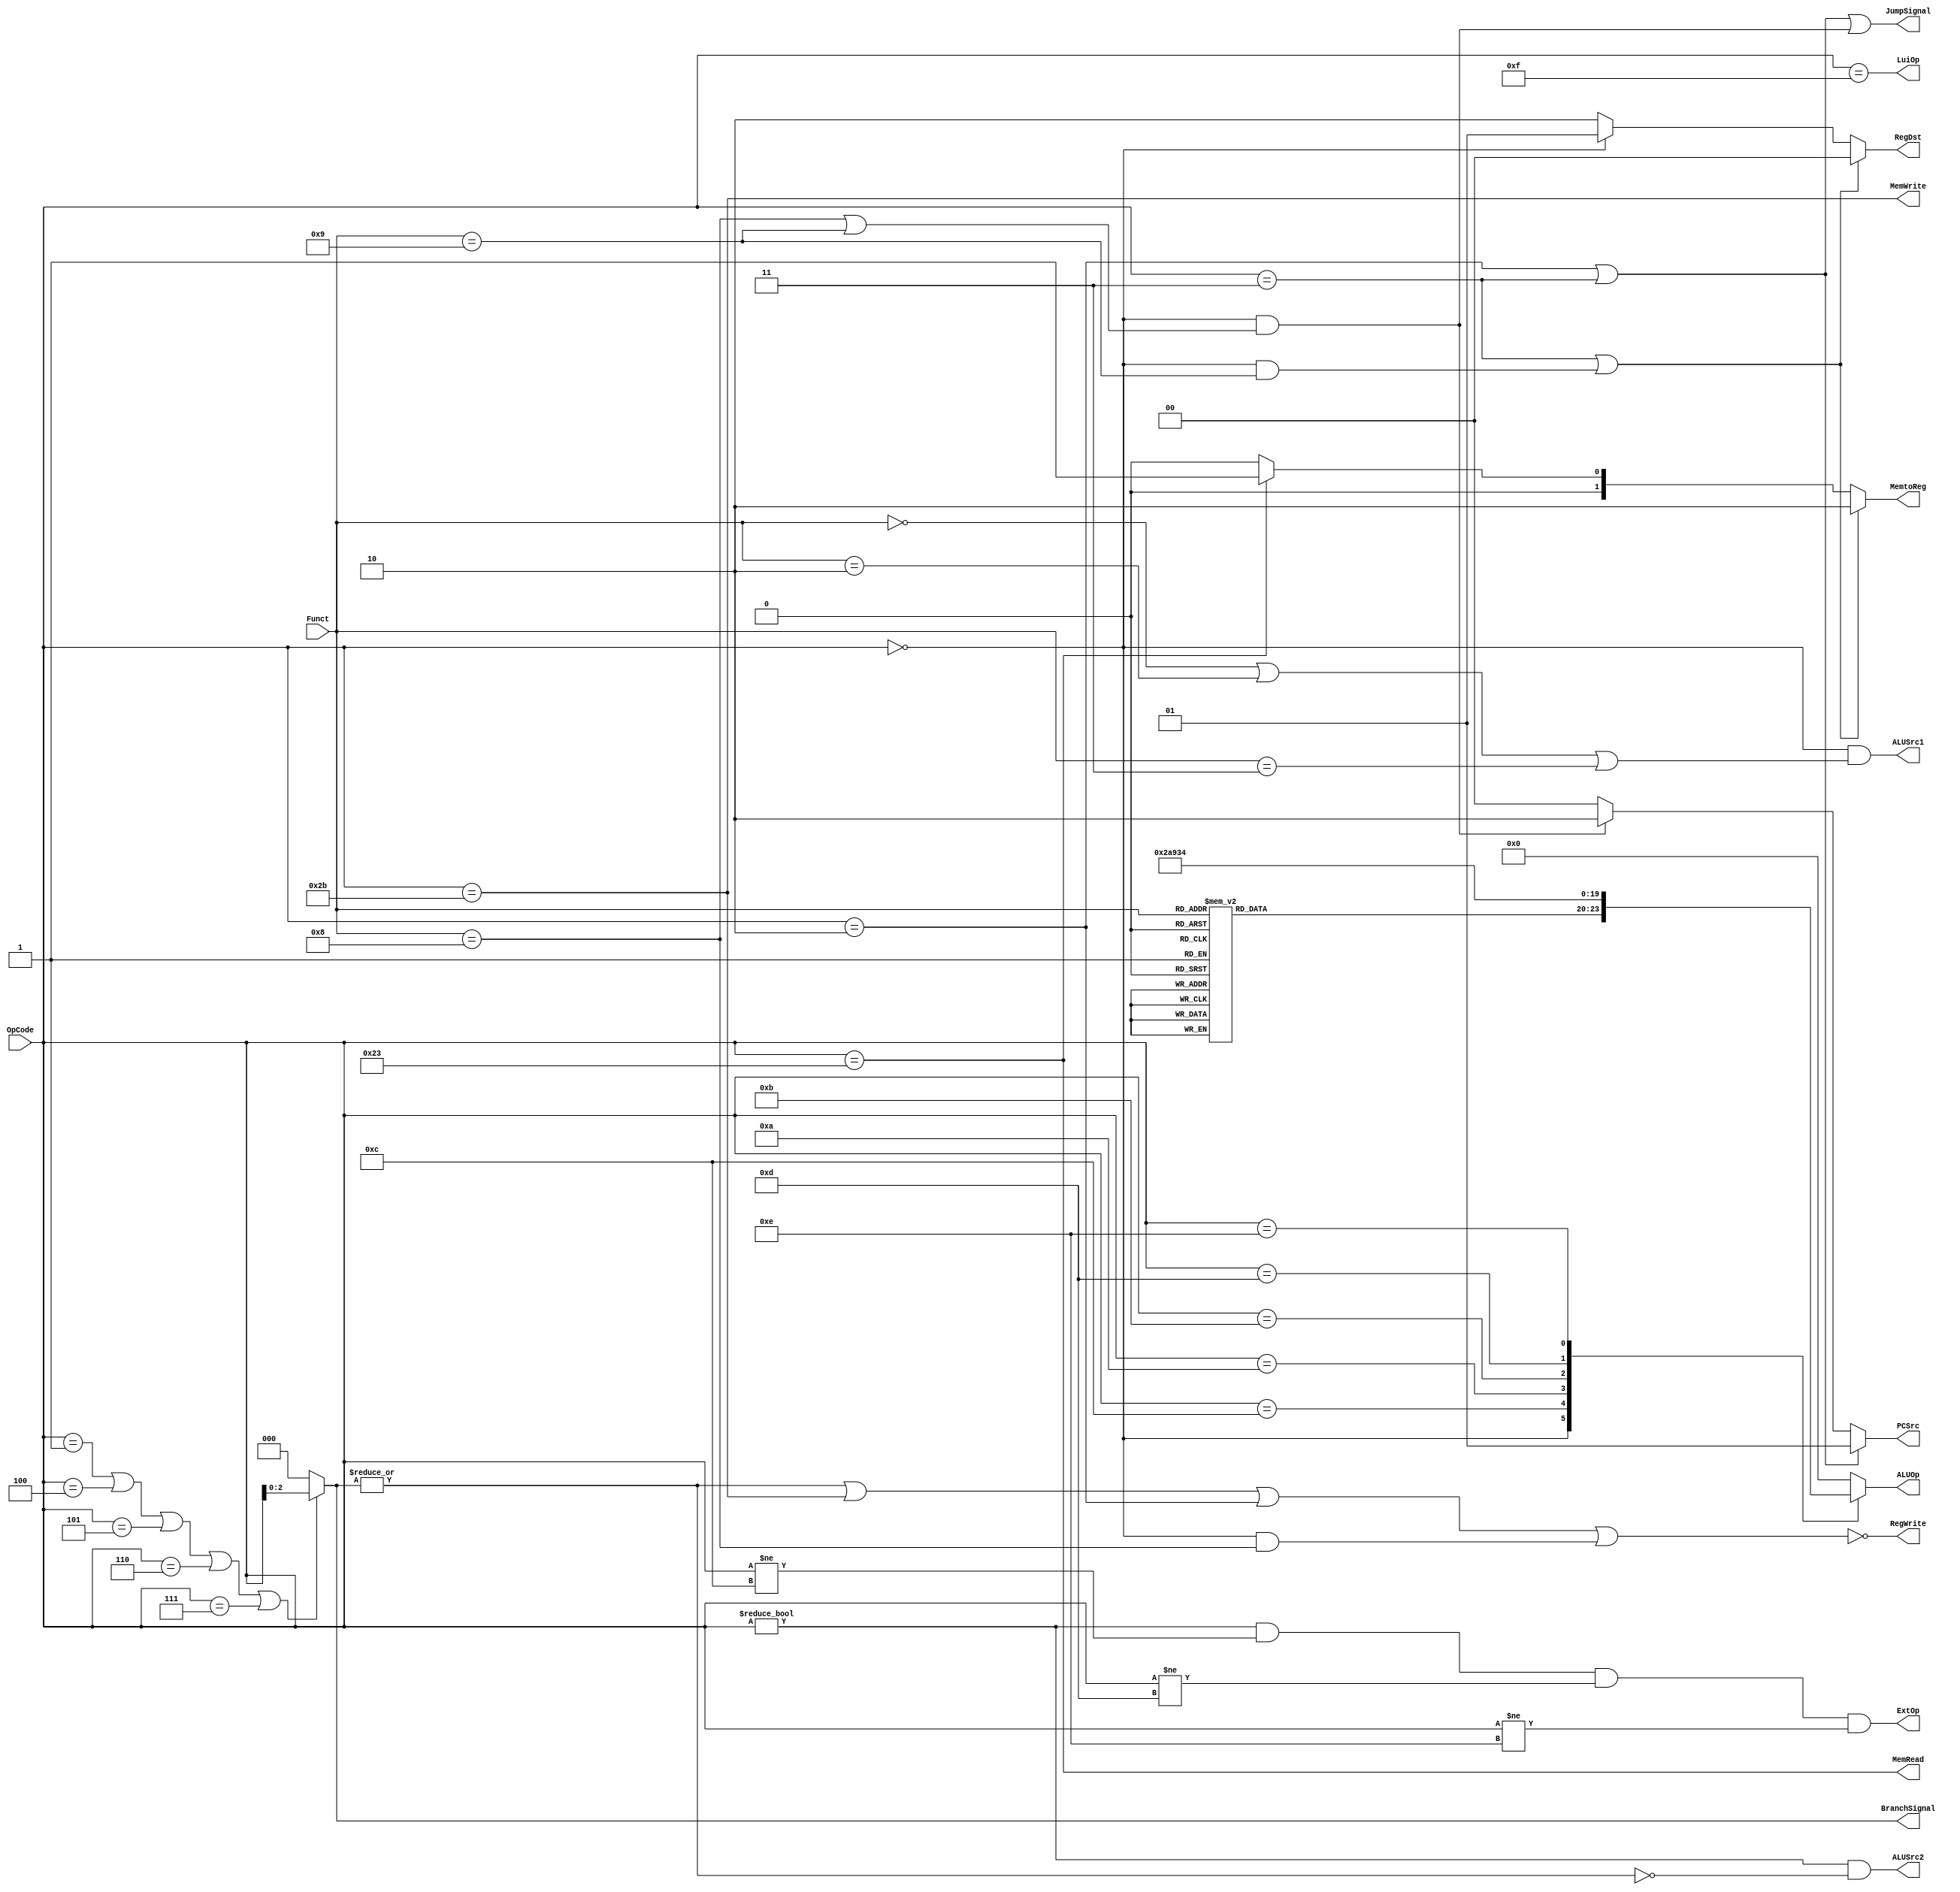
`timescale 1ns / 1ps
//////////////////////////////////////////////////////////////////////////////////
// Company: 
// Engineer: 
// 
// Design Name: 
// Module Name: Control
// Project Name: 
// Target Devices: 
// Tool Versions: 
// Description: 
// 
// Dependencies: 
// 
// Revision:
// Revision 0.01 - File Created
// Additional Comments:
// 
//////////////////////////////////////////////////////////////////////////////////


module Control(OpCode, Funct, PCSrc, RegWrite,
        RegDst, MemRead, MemWrite, MemtoReg, 
        ALUSrc1, ALUSrc2, ExtOp, LuiOp, JumpSignal, BranchSignal, ALUOp);
    input [5:0] OpCode;
    input [5:0] Funct;
    output [1:0] PCSrc;
    output RegWrite;
    output [1:0] RegDst;
    output MemRead;
    output MemWrite;
    output [1:0] MemtoReg;
    output ALUSrc1;
    output ALUSrc2;
    output ExtOp; // 
    output LuiOp; // 16
    output JumpSignal; // 
    output [2:0] BranchSignal; // 
    output reg [3:0] ALUOp;

    // lui => imm << 16
    assign LuiOp=(OpCode==6'b001111);

    // ExtOp: 0 => 0_extand, 1 => sign_extand
    // andi ori xori => 0_extend
    assign ExtOp=(OpCode!=6'h0 && OpCode!=6'b001100 && OpCode!=6'b001101 && OpCode!=6'b001110);

    assign MemRead=(OpCode==6'h23);
    assign MemWrite=(OpCode==6'h2b);

    // RegDst: control RegisterFile write address
    // 00: jal,jalr => $ra($31)
    // 01: R_type => rd
    // 10: else => rt/Instruction[20:16]
    assign RegDst=(OpCode==6'h03 || (OpCode==6'h00 && Funct==6'h09))?2'b00:
            (OpCode==6'h00)?2'b01:2'b10;

    // BranchSignal
    // 000 => not branch
    // 001 => bltz
    // 100 => beq
    // 101 => bne
    // 110 => blez
    // 111 => bgtz
    assign BranchSignal=(OpCode==6'h1||OpCode==6'h4||OpCode==6'h5||OpCode==6'h6||OpCode==6'h7)?OpCode[2:0]:3'h0;

    // RegWrite
    // branch,j,jr,sw => 0
    assign RegWrite=~((|BranchSignal)||OpCode==6'h2b||OpCode==6'h02||(OpCode==6'h00 && Funct==6'h08));

    // MemtoReg: control RegisterFile write data
    // 00 => ALU result
    // lw:01 => Memory ReadData
    // jal,jalr:10 => PC+4
    assign MemtoReg=(OpCode==6'h03 || (OpCode==6'h00 && Funct==6'h09))?2'b10:
        (OpCode==6'h23)?2'b01:2'b00;

    // JumpSignal
    // j,jal,jr,jalr => 1
    assign JumpSignal=(OpCode==2'h2)||(OpCode==2'h3)||(OpCode==2'h0&&(Funct==6'h8||Funct==6'h9));

    // PCSrc
    // 00 => PC+4
    // j: 01 => {(PC+4)[31:28],addr,00}
    // jr: 10 => [rs]
    // branch: PC => branch_target (controlled by Branch_Hazard)
    assign PCSrc=(OpCode==6'h02 || OpCode==6'h03)?2'b01:
        (OpCode==6'h00 && (Funct==6'h08 || Funct==6'h09))?2'b10:2'b00;

    // ALUSrc1
    // 0 => ReadData1(include forwarding result) rs
    // sll, srl, sra: 1 => Shamt
    assign ALUSrc1=(OpCode==0 && (Funct==6'h0 || Funct==6'h02 || Funct==6'h03));

    // ALUSrc2
    // 0 => ReadData2
    // not R && not Branch: 1 => imm
    assign ALUSrc2=(OpCode!=6'h00 && !(|BranchSignal));

    // ALUOp
    // only assign for not branch && not jump
    parameter ADD_OP=4'h0; // add
    parameter SUB_OP=4'h1; // sub
    parameter AND_OP=4'h2; // and
    parameter OR_OP=4'h3;  // or
    parameter XOR_OP=4'h4; // xor
    parameter NOR_OP=4'h5; // nor
    parameter SLL_OP=4'h6; // sll
    parameter SRL_OP=4'h7; // srl
    parameter SRA_OP=4'h8; // sra
    parameter U_CMP_OP=4'h9; // unsigned compare
    parameter S_CMP_OP=4'ha; // signed compare

    always @(*) begin
        case(OpCode)
            6'h00: begin
                case(Funct)
                    6'h20,6'h21: ALUOp<=ADD_OP;
                    6'h22,6'h23: ALUOp<=SUB_OP;
                    6'h24: ALUOp<=AND_OP;
                    6'h25: ALUOp<=OR_OP;
                    6'h26: ALUOp<=XOR_OP;
                    6'h27: ALUOp<=NOR_OP;
                    6'h2a: ALUOp<=S_CMP_OP; // slt
                    6'h2b: ALUOp<=U_CMP_OP; // sltu
                    6'h00: ALUOp<=SLL_OP;
                    6'h02: ALUOp<=SRL_OP;
                    6'h03: ALUOp<=SRA_OP;
                    default: ALUOp<=ADD_OP;
                endcase
            end
            6'h0f,6'h08,6'h09,6'h23,6'h2b: ALUOp<=ADD_OP; // lui addi addiu lw sw
            6'h0c: ALUOp<=AND_OP; // andi
            6'h0a: ALUOp<=S_CMP_OP; // slti
            6'h0b: ALUOp<=U_CMP_OP; // sltiu
            6'h0d: ALUOp<=OR_OP; // ori
            6'h0e: ALUOp<=XOR_OP; // xori
            default: ALUOp<=ADD_OP;
        endcase

    end

endmodule